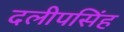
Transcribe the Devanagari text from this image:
दलीपसिंह